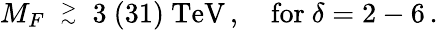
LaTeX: M_{F}\ \stackrel{>}{{}_{\sim}}\ 3\ (31)\ \mathrm{TeV}\, ,\quad\mathrm{for}\ \delta=2-6\, .